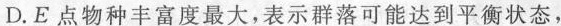
D.E点物种丰富度最大，表示群落可能达到衡状态，